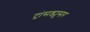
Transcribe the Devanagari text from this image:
ट्रांसड्युसर